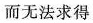
而无法求得